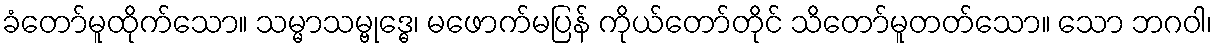
ခံတော်မူထိုက်သော။ သမ္မာသမ္ဗုဒ္ဓေ၊ မဖောက်မပြန် ကိုယ်တော်တိုင် သိတော်မူတတ်သော။ သော ဘဂဝါ၊